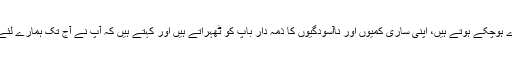
بچّے، جو اب بڑے ہوچکے ہوتے ہیں، اپنی ساری کمیوں اور ناآسودگیوں کا ذمہ دار باپ کو ٹھہراتے ہیں اور کہتے ہیں کہ آپ نے آج تک ہمارے لئے کِیا ہی کَیا ہے ؟